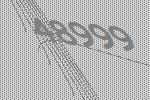
48999